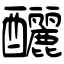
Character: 釃